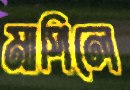
মাপিলে